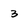
Character: 3